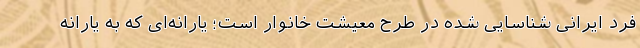
فرد ایرانی شناسایی شده در طرح معیشت خانوار است؛ یارانه‌ای که به یارانه